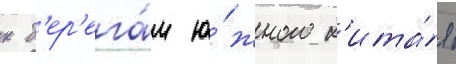
к б'ер'ега́м ю́жного к'ита́я